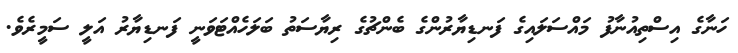
ހަނާގެ އިސްތިއުނާފު މައްސަލައިގެ ފަނޑިޔާރުންގެ ބެންޗުގެ ރިޔާސަތު ބަލަހެއްޓަވަނީ ފަނޑިޔާރު އަލީ ސަމީރެވެ.